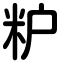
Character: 粐